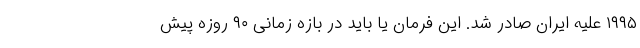
۱۹۹۵ علیه ایران صادر شد. این فرمان یا باید در بازه زمانی ۹۰ روزه پیش